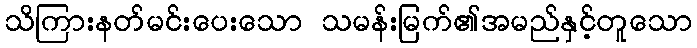
သိကြားနတ်မင်းပေးသော သမန်းမြက်၏အမည်နှင့်တူသော